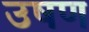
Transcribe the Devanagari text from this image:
उषण